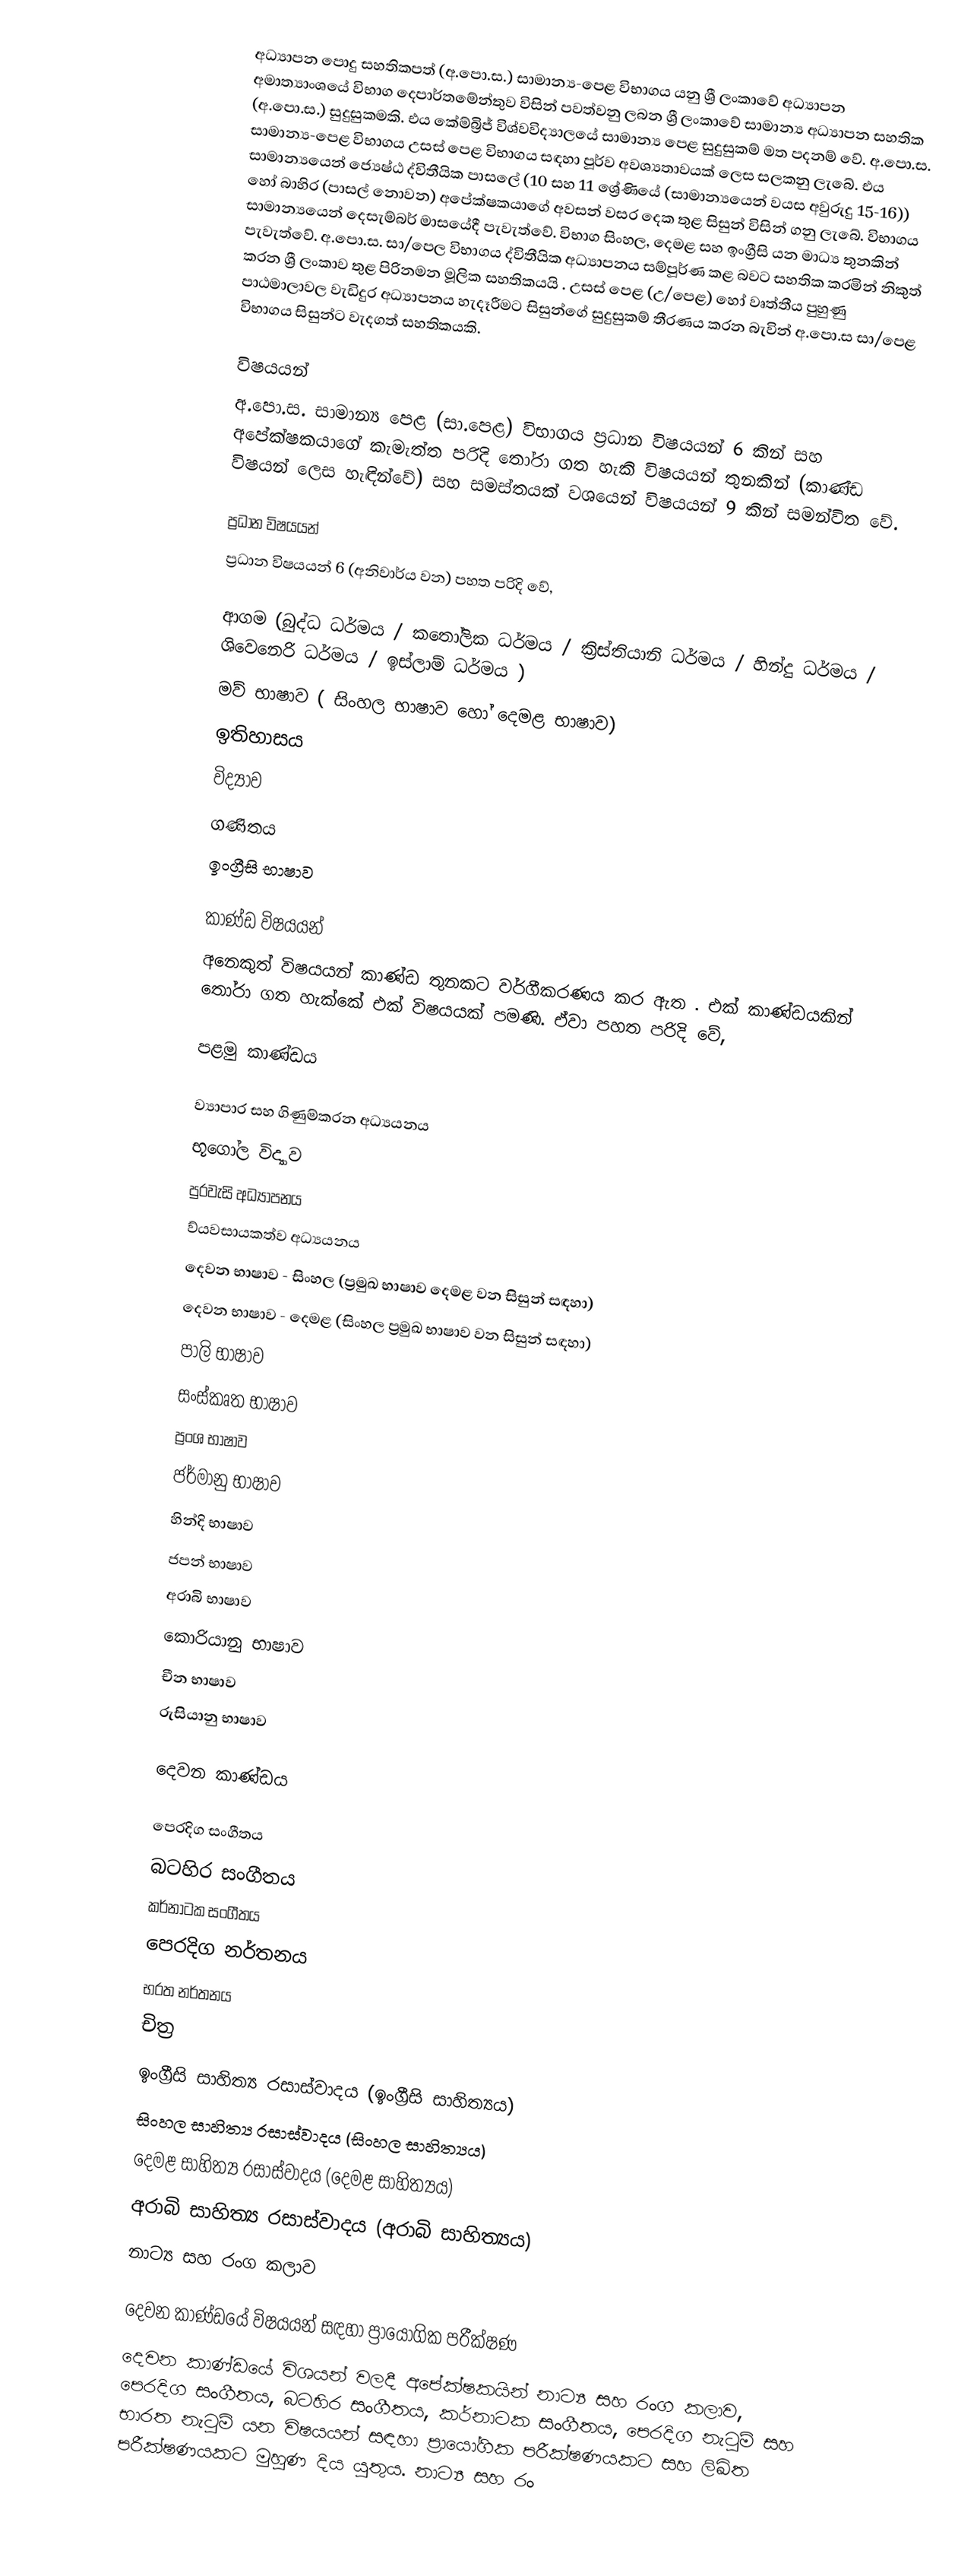
අධ්‍යාපන පොදු සහතිකපත් (අ.පො.ස.) සාමාන්‍ය-පෙළ විභාගය යනු  ශ්‍රී ලංකාවේ අධ්‍යාපන අමාත්‍යාංශයේ විභාග දෙපාර්තමේන්තුව විසින් පවත්වනු ලබන ශ්‍රී ලංකාවේ සාමාන්‍ය අධ්‍යාපන සහතික (අ.පො.ස.) සුදුසුකමකි. එය කේම්බ්‍රිජ් විශ්වවිද්‍යාලයේ සාමාන්‍ය පෙළ සුදුසුකම් මත පදනම් වේ. අ.පො.ස. සාමාන්‍ය-පෙළ විභාගය  උසස් පෙළ විභාගය සඳහා පූර්ව අවශ්‍යතාවයක් ලෙස සලකනු ලැබේ. එය සාමාන්‍යයෙන් ජ්‍යෙෂ්ඨ ද්විතීයික පාසලේ (10 සහ 11 ශ්‍රේණියේ (සාමාන්‍යයෙන් වයස අවුරුදු 15-16)) හෝ බාහිර (පාසල් නොවන) අපේක්ෂකයාගේ අවසන් වසර දෙක තුළ සිසුන් විසින් ගනු ලැබේ. විභාගය සාමාන්‍යයෙන් දෙසැම්බර් මාසයේදී පැවැත්වේ. විභාග සිංහල, දෙමළ සහ ඉංග්‍රීසි යන මාධ්‍ය තුනකින් පැවැත්වේ. අ.පො.ස. සා/පෙල විභාගය ද්විතීයික අධ්‍යාපනය සම්පූර්ණ කළ බවට සහතික කරමින් නිකුත් කරන ශ්‍රී ලංකාව තුළ පිරිනමන මූලික සහතිකයයි . උසස් පෙළ (උ/පෙළ) හෝ වෘත්තීය පුහුණු පාඨමාලාවල වැඩිදුර අධ්‍යාපනය හැදෑරීමට සිසුන්ගේ සුදුසුකම් තීරණය කරන බැවින් අ.පො.ස සා/පෙළ විභාගය සිසුන්ට වැදගත් සහතිකයකි.

විෂයයන්
අ.පො.ස. සාමාන්‍ය පෙළ (සා.පෙළ) විභාගය ප්‍රධාන විෂයයන් 6 කින් සහ අපේක්ෂකයාගේ කැමැත්ත පරිදි තෝරා ගත හැකි විෂයයන් තුනකින් (කාණ්ඩ විෂයන් ලෙස හැඳින්වේ) සහ සමස්තයක් වශයෙන් විෂයයන් 9 කින් සමන්විත වේ.

ප්‍රධාන විෂයයන්
ප්‍රධාන විෂයයන් 6 (අනිවාර්ය වන) පහත පරිදි වේ,

 ආගම (බුද්ධ ධර්මය / කතෝලික ධර්මය / ක්‍රිස්තියානි ධර්මය  / හින්දු ධර්මය / ශිවෙනෙරි ධර්මය /  ඉස්ලාම් ධර්මය )
 මව් භාෂාව ( සිංහල භාෂාව හෝ දෙමළ භාෂාව)
 ඉතිහාසය
 විද්‍යාව
 ගණිතය
 ඉංග්‍රීසි භාෂාව

කාණ්ඩ විෂයයන්
අනෙකුත් විෂයයන් කාණ්ඩ තුනකට වර්ගීකරණය කර ඇත . එක් කාණ්ඩයකින් තෝරා ගත හැක්කේ එක් විෂයයක් පමණි. ඒවා පහත පරිදි වේ,

පළමු කාණ්ඩය

 ව්‍යාපාර සහ ගිණුම්කරන අධ්‍යයනය
 භූගෝල විද්‍යාව
 පුරවැසි අධ්‍යාපනය
 ව්යවසායකත්ව අධ්‍යයනය
 දෙවන භාෂාව - සිංහල (ප්‍රමුඛ භාෂාව දෙමළ වන සිසුන් සඳහා)
 දෙවන භාෂාව - දෙමළ (සිංහල ප්‍රමුඛ භාෂාව වන සිසුන් සඳහා)
 පාලි භාෂාව
 සංස්කෘත භාෂාව
 ප්‍රංශ භාෂාව
 ජර්මානු භාෂාව
 හින්දි භාෂාව
 ජපන් භාෂාව
 අරාබි භාෂාව
 කොරියානු භාෂාව
 චීන භාෂාව
 රුසියානු භාෂාව

දෙවන කාණ්ඩය

 පෙරදිග සංගීතය
 බටහිර සංගීතය
 කර්නාටක සංගීතය
 පෙරදිග නර්තනය
 භරත නර්තනය
 චිත්‍ර
 ඉංග්‍රීසි සාහිත්‍ය රසාස්වාදය (ඉංග්‍රීසි සාහිත්‍යය)
 සිංහල සාහිත්‍ය රසාස්වාදය (සිංහල සාහිත්‍යය)
 දෙමළ සාහිත්‍ය රසාස්වාදය (දෙමළ සාහිත්‍යය)
 අරාබි සාහිත්‍ය රසාස්වාදය (අරාබි සාහිත්‍යය)
 නාට්‍ය සහ රංග කලාව

දෙවන කාණ්ඩයේ විෂයයන් සඳහා ප්‍රායෝගික පරීක්ෂණ
දෙවන කාණ්ඩයේ විශයන් වලදී අපේක්ෂකයින් නාට්‍ය සහ රංග කලාව, පෙරදිග සංගීතය, බටහිර සංගීතය, කර්නාටක සංගීතය, පෙරදිග නැටුම් සහ භාරත නැටුම් යන විෂයයන් සඳහා ප්‍රායෝගික පරීක්ෂණයකට සහ ලිඛිත පරීක්ෂණයකට මුහුණ දිය යුතුය. නාට්‍ය සහ රං